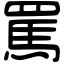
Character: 罵